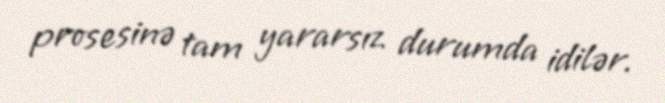
prosesinə tam yararsız durumda idilər.